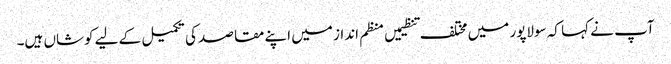
آپ نے کہا کہ سولاپور میں مختلف تنظیمیں منظم انداز میں اپنے مقاصد کی تکمیل کے لیے کوشاں ہیں۔